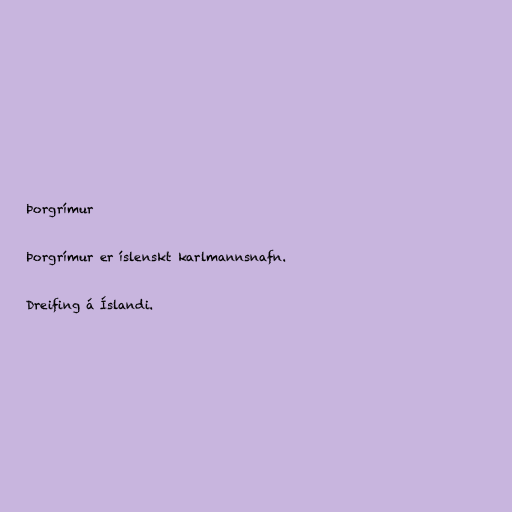
Þorgrímur

Þorgrímur er íslenskt karlmannsnafn.

Dreifing á Íslandi.